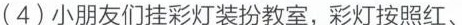
(4)小朋友们挂彩灯装扮教室，彩灯按照红、